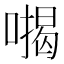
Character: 𭊪